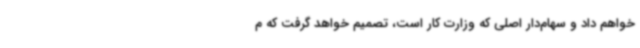
خواهم داد و سهام‌دار اصلی که وزارت کار است، تصمیم خواهد گرفت که م